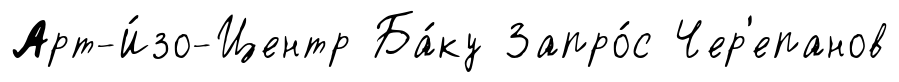
Арт-И́зо-Центр Ба́ку Запро́с Чер'епанов